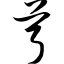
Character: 芎